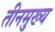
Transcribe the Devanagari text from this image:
तीनमुख्य